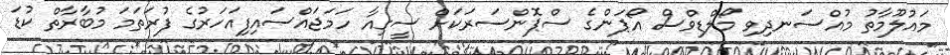
މައުލޫމާތު މުއްސަނދިވި މޯލްޑިވްސް އޯޕަންގެ ސްޕޮންސަރަކަށް ސީގިއާ ހަމަޖައްސައިފިއަހަރުގެ ފުރަތަަމަ މުބާރާތް ކުޑަ